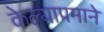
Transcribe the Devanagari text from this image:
केल्याप्रमाने